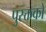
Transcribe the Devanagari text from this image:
पुस्क्तकों